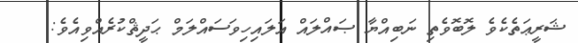
ޝަރީޢަތެކެވެ ލޮބޮވެތި ނަބިއްޔާ ޞައްލައް އަލައިހިވަސައްލަމް ޙަދީޘްކުރެއްވިއެވެ: